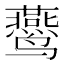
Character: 𱊴